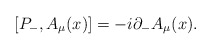
\begin{align*}[P_-,A_{\mu}(x)]=-i{\partial}_-A_{\mu}(x).\end{align*}